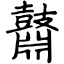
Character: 鼘